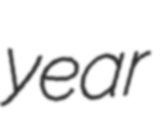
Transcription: year